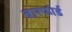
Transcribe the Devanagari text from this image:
बारफोर्ड